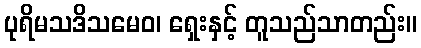
ပုရိမသဒိသမေဝ၊ ရှေးနှင့် တူသည်သာတည်း။